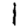
Digit: 1